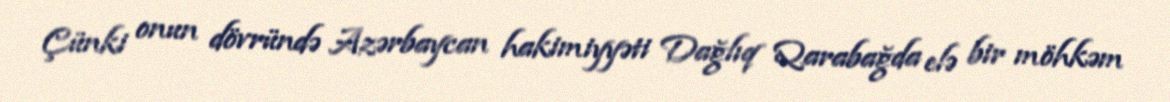
Çünki onun dövründə Azərbaycan hakimiyyəti Dağlıq Qarabağda elə bir möhkəm